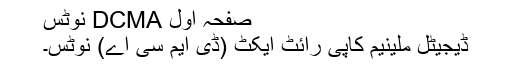
صفحہ اول DCMA نوٹس
ڈیجیٹل ملینیم کاپی رائٹ ایکٹ (ڈی ایم سی اے) نوٹس۔